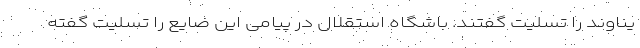
یناوند را تسلیت گفتند. باشگاه استقلال در پیامی این ضایع را تسلیت گفته